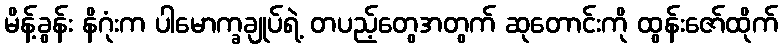
မိန့်ခွန်း နိဂုံးက ပါမောက္ခချုပ်ရဲ့ တပည့်တွေအတွက် ဆုတောင်းကို ထွန်းဇော်ထိုက်